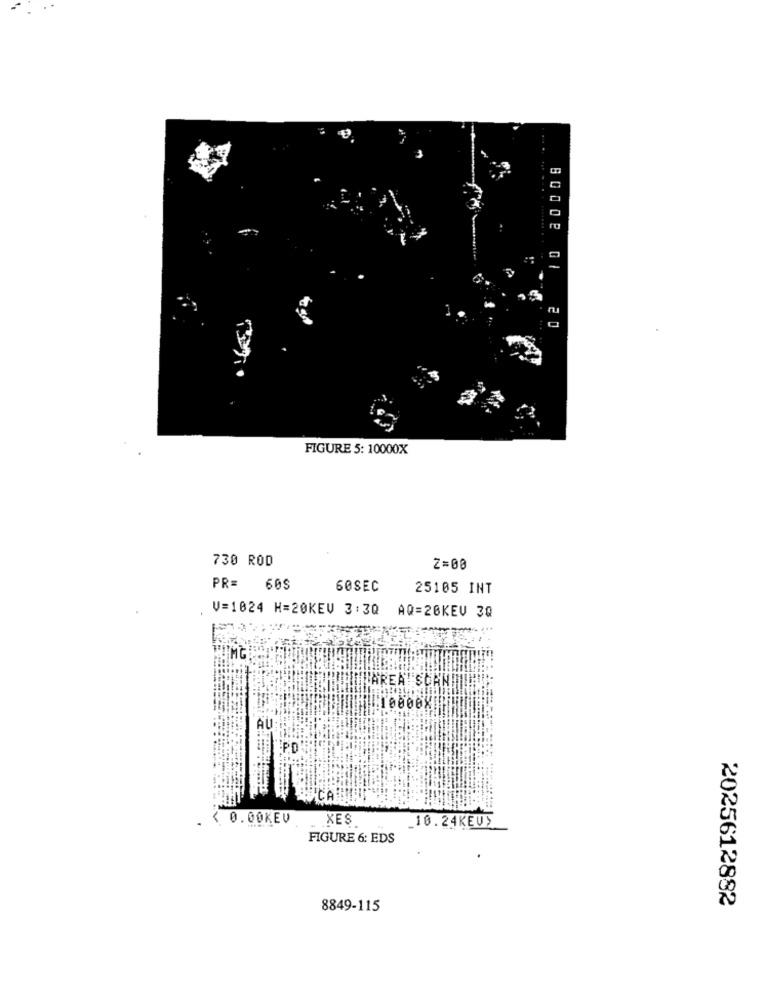
80002
07 20
FIGURE 5: 10000X
730 ROD
Z=00
PR= 60S
60SEC
25105 INT
V=1024 H=20KEV 3:30
AQ=20KEV 30
AREA" SCAL
0800X
AU
Ja PD
CA
0.00KEV
XES
_10.24KEUS
FIGURE 6: EDS
8849-115
2025612882